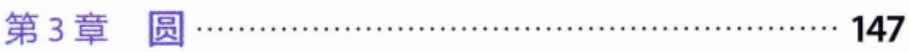
第3章 圆\hfill147